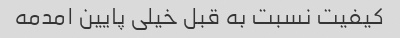
کیفیت نسبت به قبل خیلی پایین امدمه